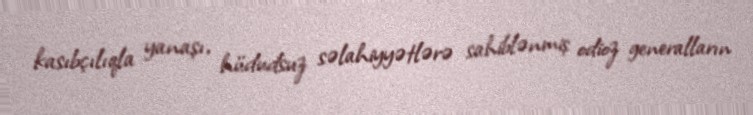
kasıbçılıqla yanaşı, hüdudsuz səlahiyyətlərə sahiblənmiş odioz generalların